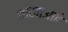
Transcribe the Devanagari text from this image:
शाखाआहे